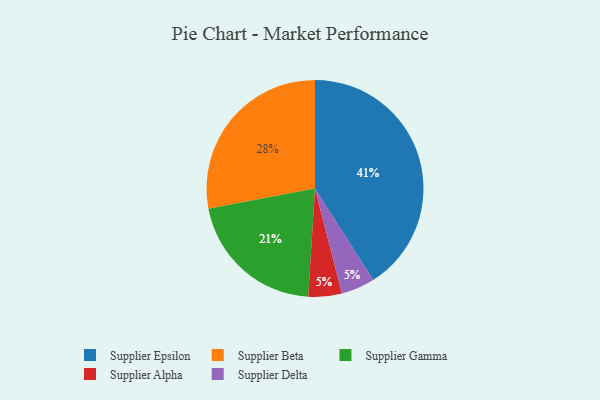
{"axis": {"x": "Category", "y": "Percentage"}, "legend": ["Supplier Alpha", "Supplier Beta", "Supplier Delta", "Supplier Epsilon", "Supplier Gamma"], "data": [{"x": "Supplier Alpha", "y": 5, "type": "Supplier Alpha"}, {"x": "Supplier Beta", "y": 28, "type": "Supplier Beta"}, {"x": "Supplier Epsilon", "y": 41, "type": "Supplier Epsilon"}, {"x": "Supplier Gamma", "y": 21, "type": "Supplier Gamma"}, {"x": "Supplier Delta", "y": 5, "type": "Supplier Delta"}]}